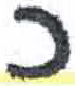
אות: כ